Civil Veterinary Dept. Bombay admin report 1914-1922 - 1914-1922
Year: 1914
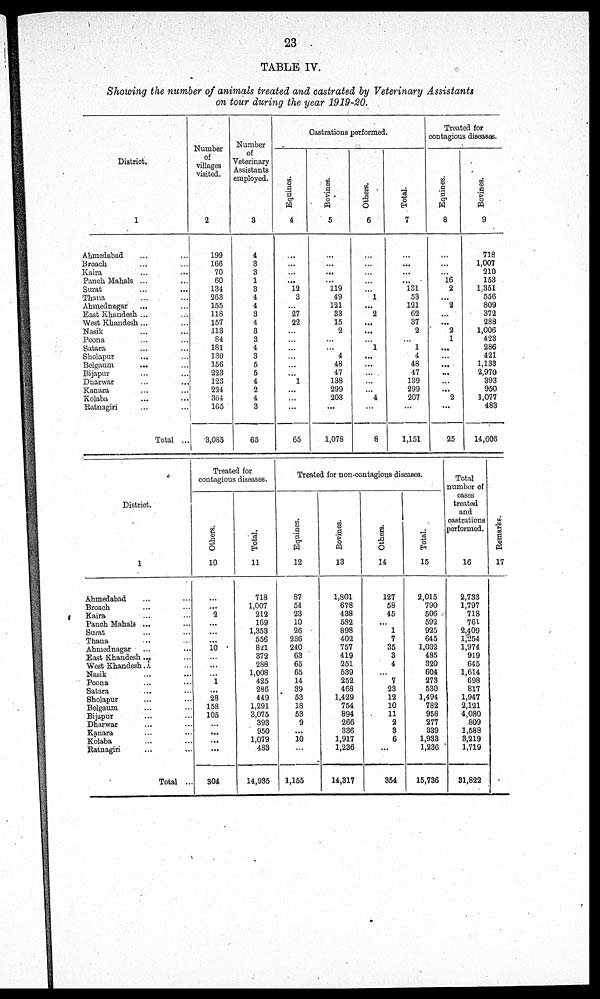
23
TABLE IV.
Showing the number of animals treated and castrated by Veterinary Assistants
on tour during the year 1919-20.
District.
1
Ahmedabad ... ...
Broach ... ...
Kaira ... ...
Panch Mahals ... ...
Surat ... ...
Thana ... ...
Ahmednagar ... ...
East Khandesh ... ...
West Khandesh ... ...
Nasik ... ...
Poona ... ...
Satara ... ...
Sholapur ... ...
Belgaum ... ...
Bijapur ... ...
Dharwar ... ...
Kanara ... ...
Kolaba ... ...
Ratnagiri ... ...
Total ...
Number
of
villages
visited.
2
199
166
70
60
134
263
155
118
157
113
84
181
130
156
223
123
224
364
165
3,085
Number
of.
Veterinary
Assistants
employed.
3
4
3
3
1
3
4
4
3
4
3
3
4
3
5
5
4
2
4
3
65
Castrations performed.
Equines.
4
...
...
...
...
12
3
...
27
22
...
...
...
...
...
...
1
...
...
...
65
Bovines.
5
...
...
...
...
119
49
121
33
15
2
...
...
4
48
47
138
299
203
...
1,078
Others.
6
...
...
...
...
...
1
...
2
...
...
...
1
... ...
...
...
...
...
4
...
8
Total.
7
...
...
...
...
131
53
121
62
37
2
...
1
4
48
47
139
299
207
...
1,151
Treated for
contagious diseases.
Equines.
8
...
...
...
16
2
...
2
...
...
2
1
...
...
...
...
...
...
2
...
25
Bovines.
9
718
1,007
210
153
1,351
556
809
372
288
1,006
423
286
421
1,133
2,970
393
950
1,077
483
14,606
District.
1
Ahmedabad ... ...
Broach ... ...
Kaira ... ...
Panch Mahals ... ...
Surat ... ...
Thana ... ...
Ahmednagar ... ...
East Khandesh ... ...
West Khandesh ... ...
Nasik ... ...
Poona ... ...
Satara ... ...
Sholapur ... ...
Belgaum ... ...
Bijapur ... ...
Dharwar ... ...
Kanara ... ...
Kolaba ... ...
Ratnagiri ... ...
Total ...
Treated for
contagious diseases.
Others.
10
...
...
2
...
...
...
10
...
...
...
1
...
28
158
105
...
...
...
...
304
Tot al .
11
718
1,007
212
169
1,353
556
821
372
288
1,008
425
286
449
1,291
3,075
393
950
1,079
483
14,935
Treated for non-contagious diseases.
Equines.
12
87
54
23
10
26
236
240
63
65
65
14
39
53
18
53
9
...
10
...
1,155
Bovines.
13
1,801
678
438
582
898
402
757
419
251
539
252
468
1,429
754
894
266
336
1,917
1,236
14,317
Others.
14
127
58
45
...
1
7
35
3
4
...
7
23
12
10
11
2
3
6
...
354
Tot al .
15
2,015
790
506
592
925
645
1,032
485
320
604
273
530
1,494
782
958
277
339
1,933
1,236
15,736
Total
number of
cases
treated
and
castrations
performed.
16
2,733
1,797
718
761
2,409
1,254
1,974
919
645
1,614
698
817
1,947
2,121
4,080
809
1,588
3,219
1,719
31,822
Remarks.
17